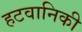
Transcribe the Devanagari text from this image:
हटवानिकी